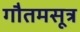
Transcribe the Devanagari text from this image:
गौतमसूत्र